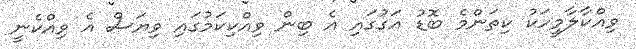
ވިއްކާލާމީހަކު ކިތަންމެ ބޮޑު އަގުގައި އެ ބިން ވިއްކިކަމުގައި ވިޔަސް އެ ވިއްކެނީ